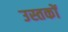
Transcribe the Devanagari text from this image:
उस्तकों